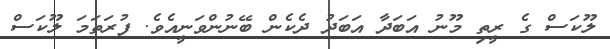
ލޫކަސް ގެ ރީތި މޫނު އަބަދާ އަބަދު ދެކެން ބޭނުންވަނީއެވެ. ފުރަތަމަ ލޫކަސް